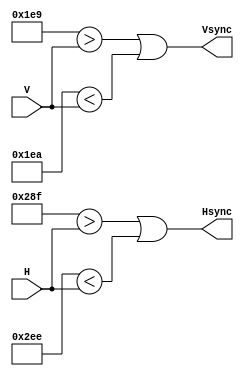
`timescale 1ns / 1ps
//////////////////////////////////////////////////////////////////////////////////
// Company: 
// Engineer: 
// 
// Design Name: 
// Module Name: syncs
// Project Name: 
// Target Devices: 
// Tool Versions: 
// Description: 
// 
// Dependencies: 
// 
// Revision:
// Revision 0.01 - File Created
// Additional Comments:
// 
//////////////////////////////////////////////////////////////////////////////////


module syncs(
    input [15:0] V,
    input [15:0] H,
    output Vsync,
    output Hsync
    );
    // Hsync and Vsync areas
    assign Vsync = (16'd489 > V) || (16'd490 < V);
    assign Hsync = (16'd655 > H) || (16'd750 < H); 
endmodule